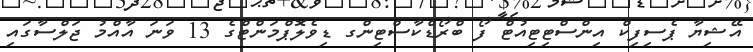
އޭޝިޔާ ޕެސިފިކް އިންސްޓިޓިއުޓް ފޯ ބްރޯޑްކާސްޓިންގ ޑިވެލޮޕްމަންޓްގެ 13 ވަނަ އާއްމު ޖަލްސާގައި